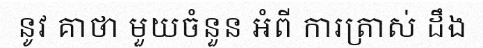
នូវ គាថា មួយចំនួន អំពី ការត្រាស់ ដឹង